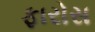
ફારોસ